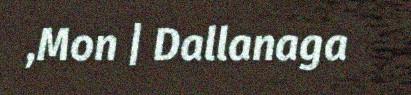
,Mon | Dallanaga